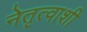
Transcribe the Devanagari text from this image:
नेतृत्वाशी